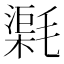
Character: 𣯸